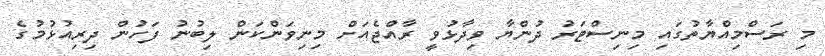
މި ރަސްމިއްޔާތުގައި މިނިސްޓަރު ދުންޔާ ވިދާޅުވީ ރާއްޖެއަށް މިނިވަންކަން ލިބުނު ފަހުން ދިރިއުޅުމުގެ